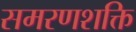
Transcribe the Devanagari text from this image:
समरणशक्ति